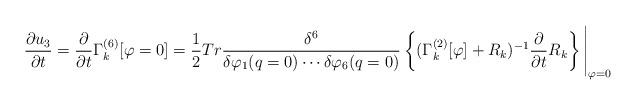
LaTeX: \begin{align*}\frac{\partial{u_3}}{\partial{t}}=\frac{\partial}{\partial{t}}\Gamma_{k}^{(6)}[\varphi=0]=\frac{1}{2}{T}{r}\frac{\delta^6}{\delta\varphi_1(q=0)\cdots\delta\varphi_6(q=0)}\left\{(\Gamma_{k}^{(2)}[\varphi]+{R}_{k})^{-1}\frac{\partial}{\partial{t}}{R}_{k}\right\}\Bigg\vert_{\varphi=0}\end{align*}